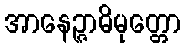
အာနေဉ္ဇာဓိမုတ္တော